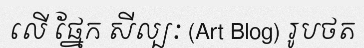
លើ ផ្នែក សីល្បៈ (Art Blog) រូបថត